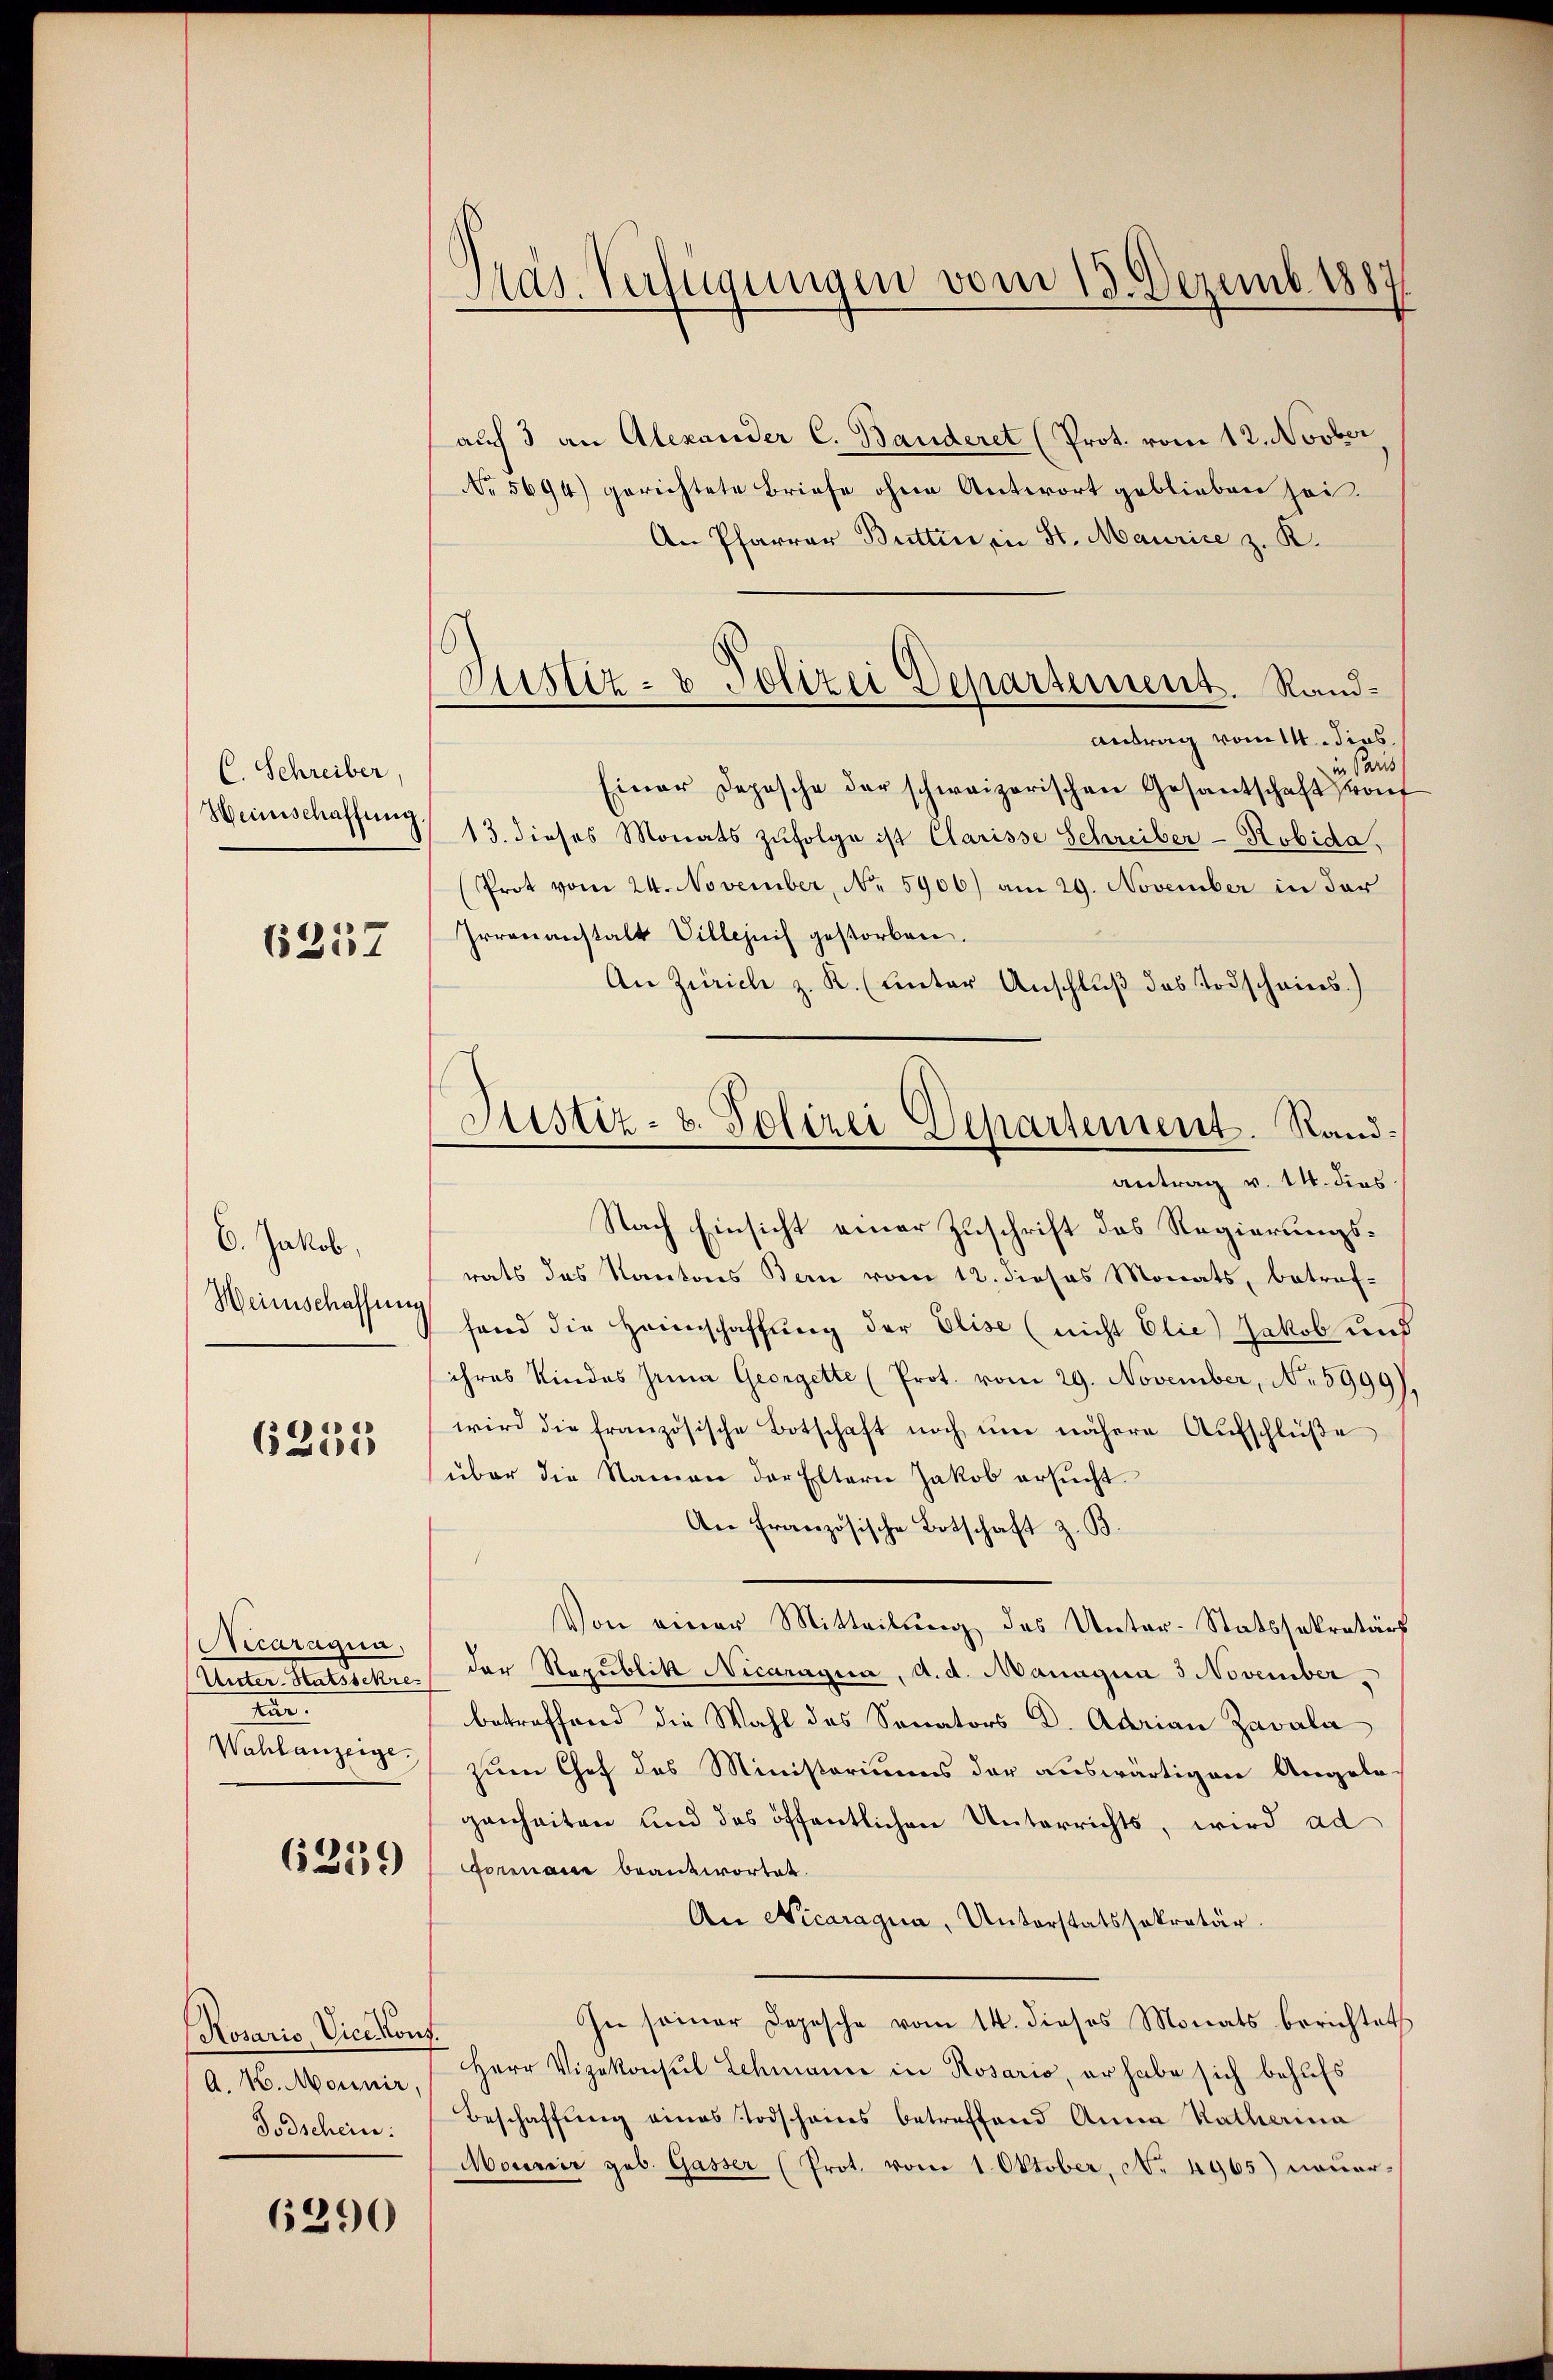
C. Schreiber
Heinschaffung

6237

6. Jakob,
Weinschaffen

6255

Ccaragua,
Unter Mutterten
.
Wahlanzeige.

6259

Rosaris, Vice Kons.
A. M. Mounir.
Todschein:

6290

Mas. Verfügungen vom 13. Dezemb. 1887

Justiz- & Polizei Departement. Rand¬

auch 3 an Alexander C. Banderet (Prot. vom 12. Novber,
Nr 5694) gerichtete Briefe ohne Antwort geblieben sei.
An Pfarrer Butten, in St. Maurice z. K.
Antrag vom 14. dies
in Paus
Einer Depesche der schweizerischen Gesantschaft kauf
13. dieses Monats zŭfolge ist Clarisse Schreiber-Robida,
(Prot vom 24. November, No 5906) am 29. November in der
Irrenanstalt Villezeich gestorben.
An Zürich z. R. (unter Anschluß das Todscheins.)
antrag v. 14. dies
Nach Einsicht einer Zuschrift des Regierungsrats des Kantons Bern vom 12. dieses Monats, betref-
fand die Heimschaffung der Elise (nicht Elie) Jakob und
ihres Kindes Jena Georgette (Prot. vom 29. November, No 5999
wird die französische Botschaft noch ŭm nähere Aŭfschlüβe
über die Namen der Eltern Jakob ersucht.
An Französische Botschaft z. B.
Von einer Mitteilŭng des Unter-Statssekretärs
der Republik Nicaragua, d. d. Managia 3 November,
betreffend die Wahl des Sanators Dr. Adrian Zavala
zum Chef des Ministoriums der auswärtigen Angelegenheiten und das öffentlichen Unterrichts, wird ad
orenau beantwortet.
An Nicaragua, Unterstatssekretär.
In seiner Depesche vom 14. dieses Monats berichtet
Herr Vizekonsul Schmann in Rosario, er habe sich behufs
Beschaffŭng eines Todschaues betreffend Anna Katharina
Mouenir geb. Gasser (Prot. vom 1. Oktober, No 4965) neuer-

Justiz- u. Polizei Departement. Rand¬